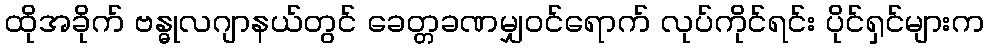
ထိုအခိုက် ဗန္ဓုလဂျာနယ်တွင် ခေတ္တခဏမျှဝင်ရောက် လုပ်ကိုင်ရင်း ပိုင်ရှင်များက